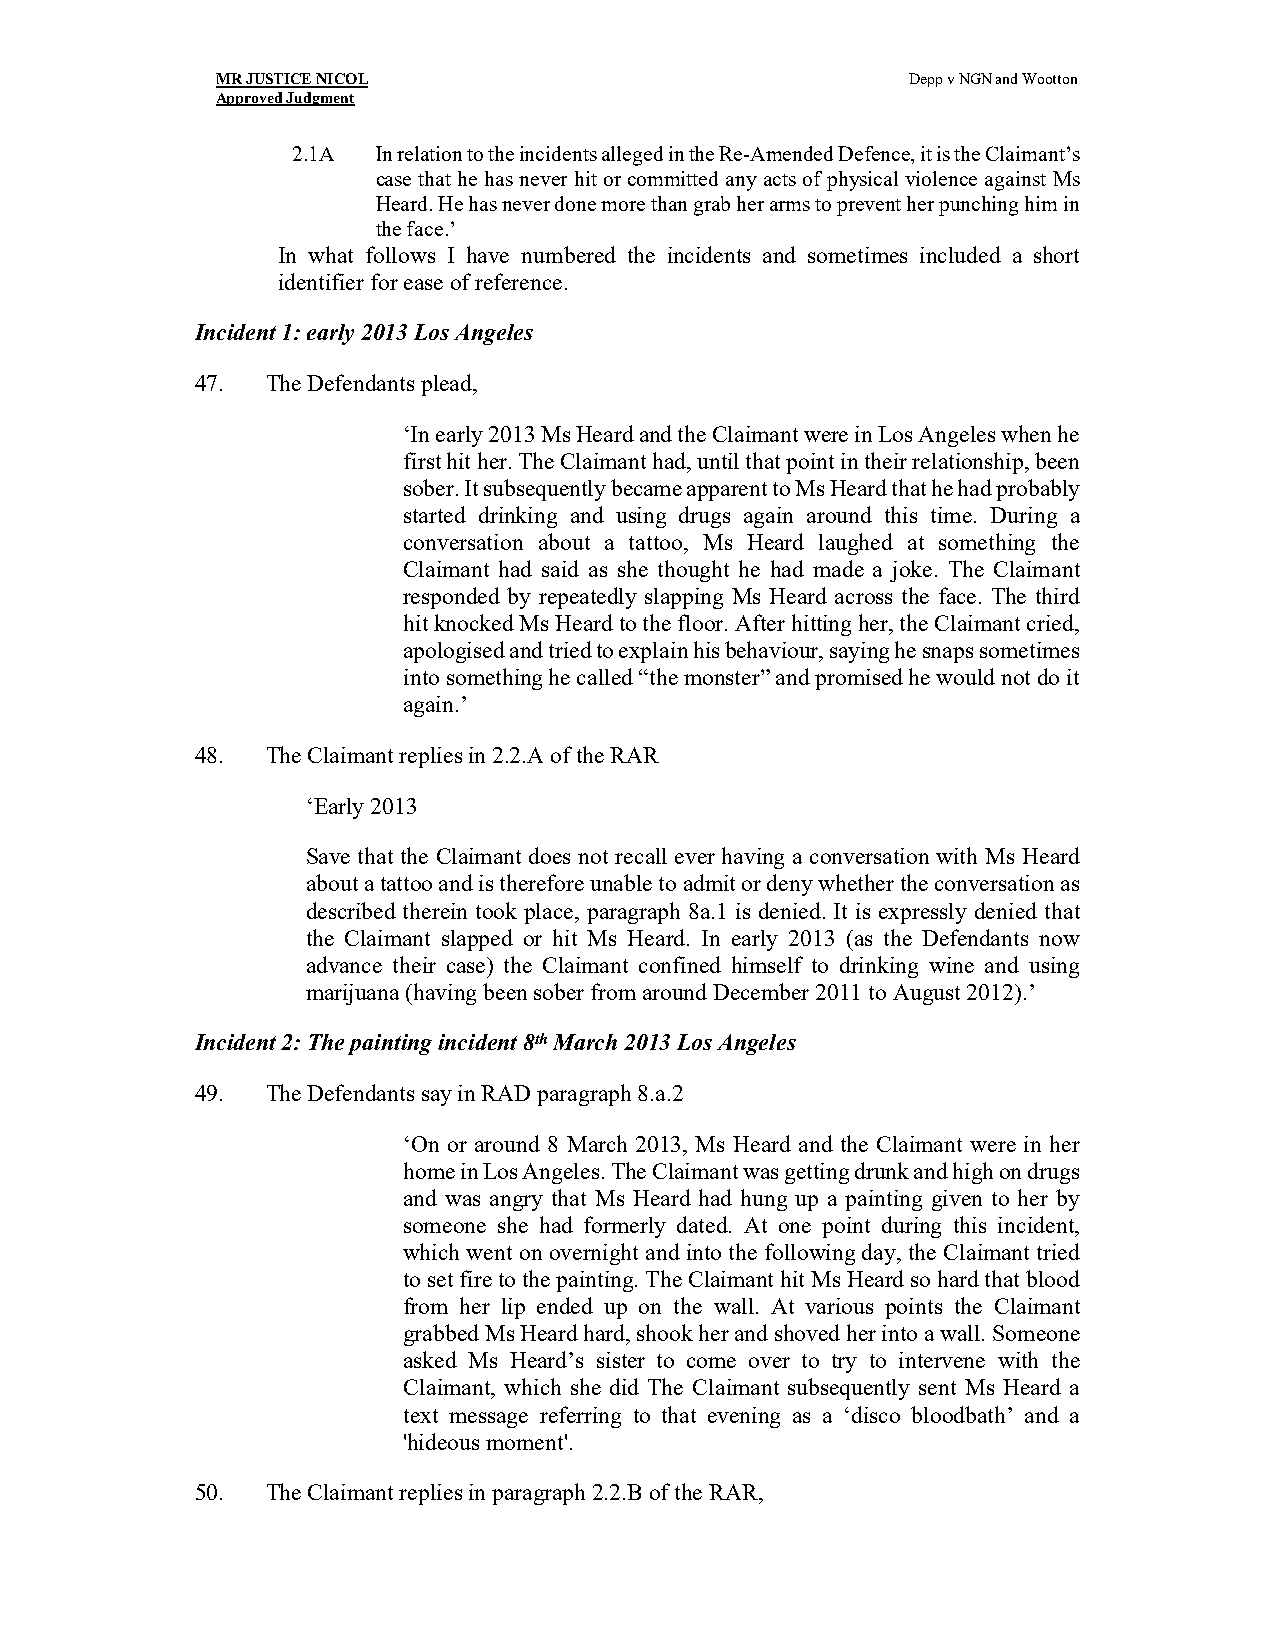
MR JUSTICE NICOL                              Depp v NGN and Wootton
 Approved Judgment
 2.1A  In relation to the incidents alleged in the Re-Amended Defence, it is the Claimant’s
 case that he has never hit or committed any acts of physical violence against Ms
 Heard. He has never done more than grab her arms to prevent her punching him in
 the face.’
 In what follows I have numbered the incidents and sometimes included a short
 identifier for ease of reference.
 Incident 1: early 2013 Los Angeles
 47.  The Defendants plead,
 ‘In early 2013 Ms Heard and the Claimant were in Los Angeles when he
 first hit her. The Claimant had, until that point in their relationship, been
 sober. It subsequently became apparent to Ms Heard that he had probably
 started drinking and using drugs again around this time. During a
 conversation about a tattoo, Ms Heard laughed at something the
 Claimant had said as she thought he had made a joke. The Claimant
 responded by repeatedly slapping Ms Heard across the face. The third
 hit knocked Ms Heard to the floor. After hitting her, the Claimant cried,
 apologised and tried to explain his behaviour, saying he snaps sometimes
 into something he called “the monster” and promised he would not do it
 again.’
 48.  The Claimant replies in 2.2.A of the RAR
 ‘Early 2013
 Save that the Claimant does not recall ever having a conversation with Ms Heard
 about a tattoo and is therefore unable to admit or deny whether the conversation as
 described therein took place, paragraph 8a.1 is denied. It is expressly denied that
 the Claimant slapped or hit Ms Heard. In early 2013 (as the Defendants now
 advance their case) the Claimant confined himself to drinking wine and using
 marijuana (having been sober from around December 2011 to August 2012).’
 Incident 2: The painting incident 8th March 2013 Los Angeles
 49.  The Defendants say in RAD paragraph 8.a.2
 ‘On or around 8 March 2013, Ms Heard and the Claimant were in her
 home in Los Angeles. The Claimant was getting drunk and high on drugs
 and was angry that Ms Heard had hung up a painting given to her by
 someone she had formerly dated. At one point during this incident,
 which went on overnight and into the following day, the Claimant tried
 to set fire to the painting. The Claimant hit Ms Heard so hard that blood
 from her lip ended up on the wall. At various points the Claimant
 grabbed Ms Heard hard, shook her and shoved her into a wall. Someone
 asked Ms Heard’s sister to come over to try to intervene with the
 Claimant, which she did The Claimant subsequently sent Ms Heard a
 text message referring to that evening as a ‘disco bloodbath’ and a
 'hideous moment'.
 50.  The Claimant replies in paragraph 2.2.B of the RAR,